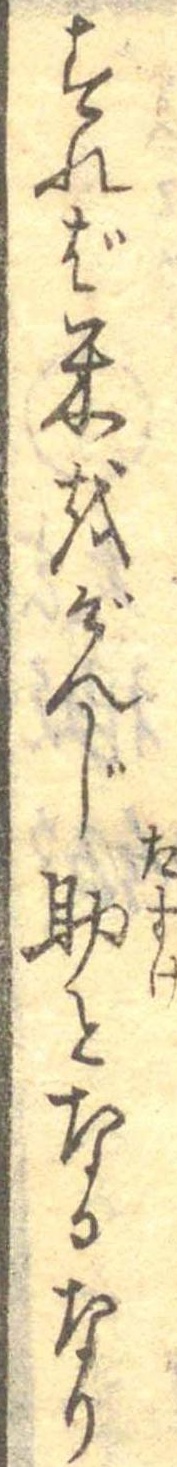
すれば米をげんじ助となるなり